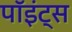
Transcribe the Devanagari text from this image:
पॉइंट्‌स